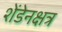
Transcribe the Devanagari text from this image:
शेंडेनक्षत्र